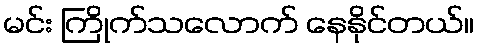
မင်း ကြိုက်သလောက် နေနိုင်တယ်။